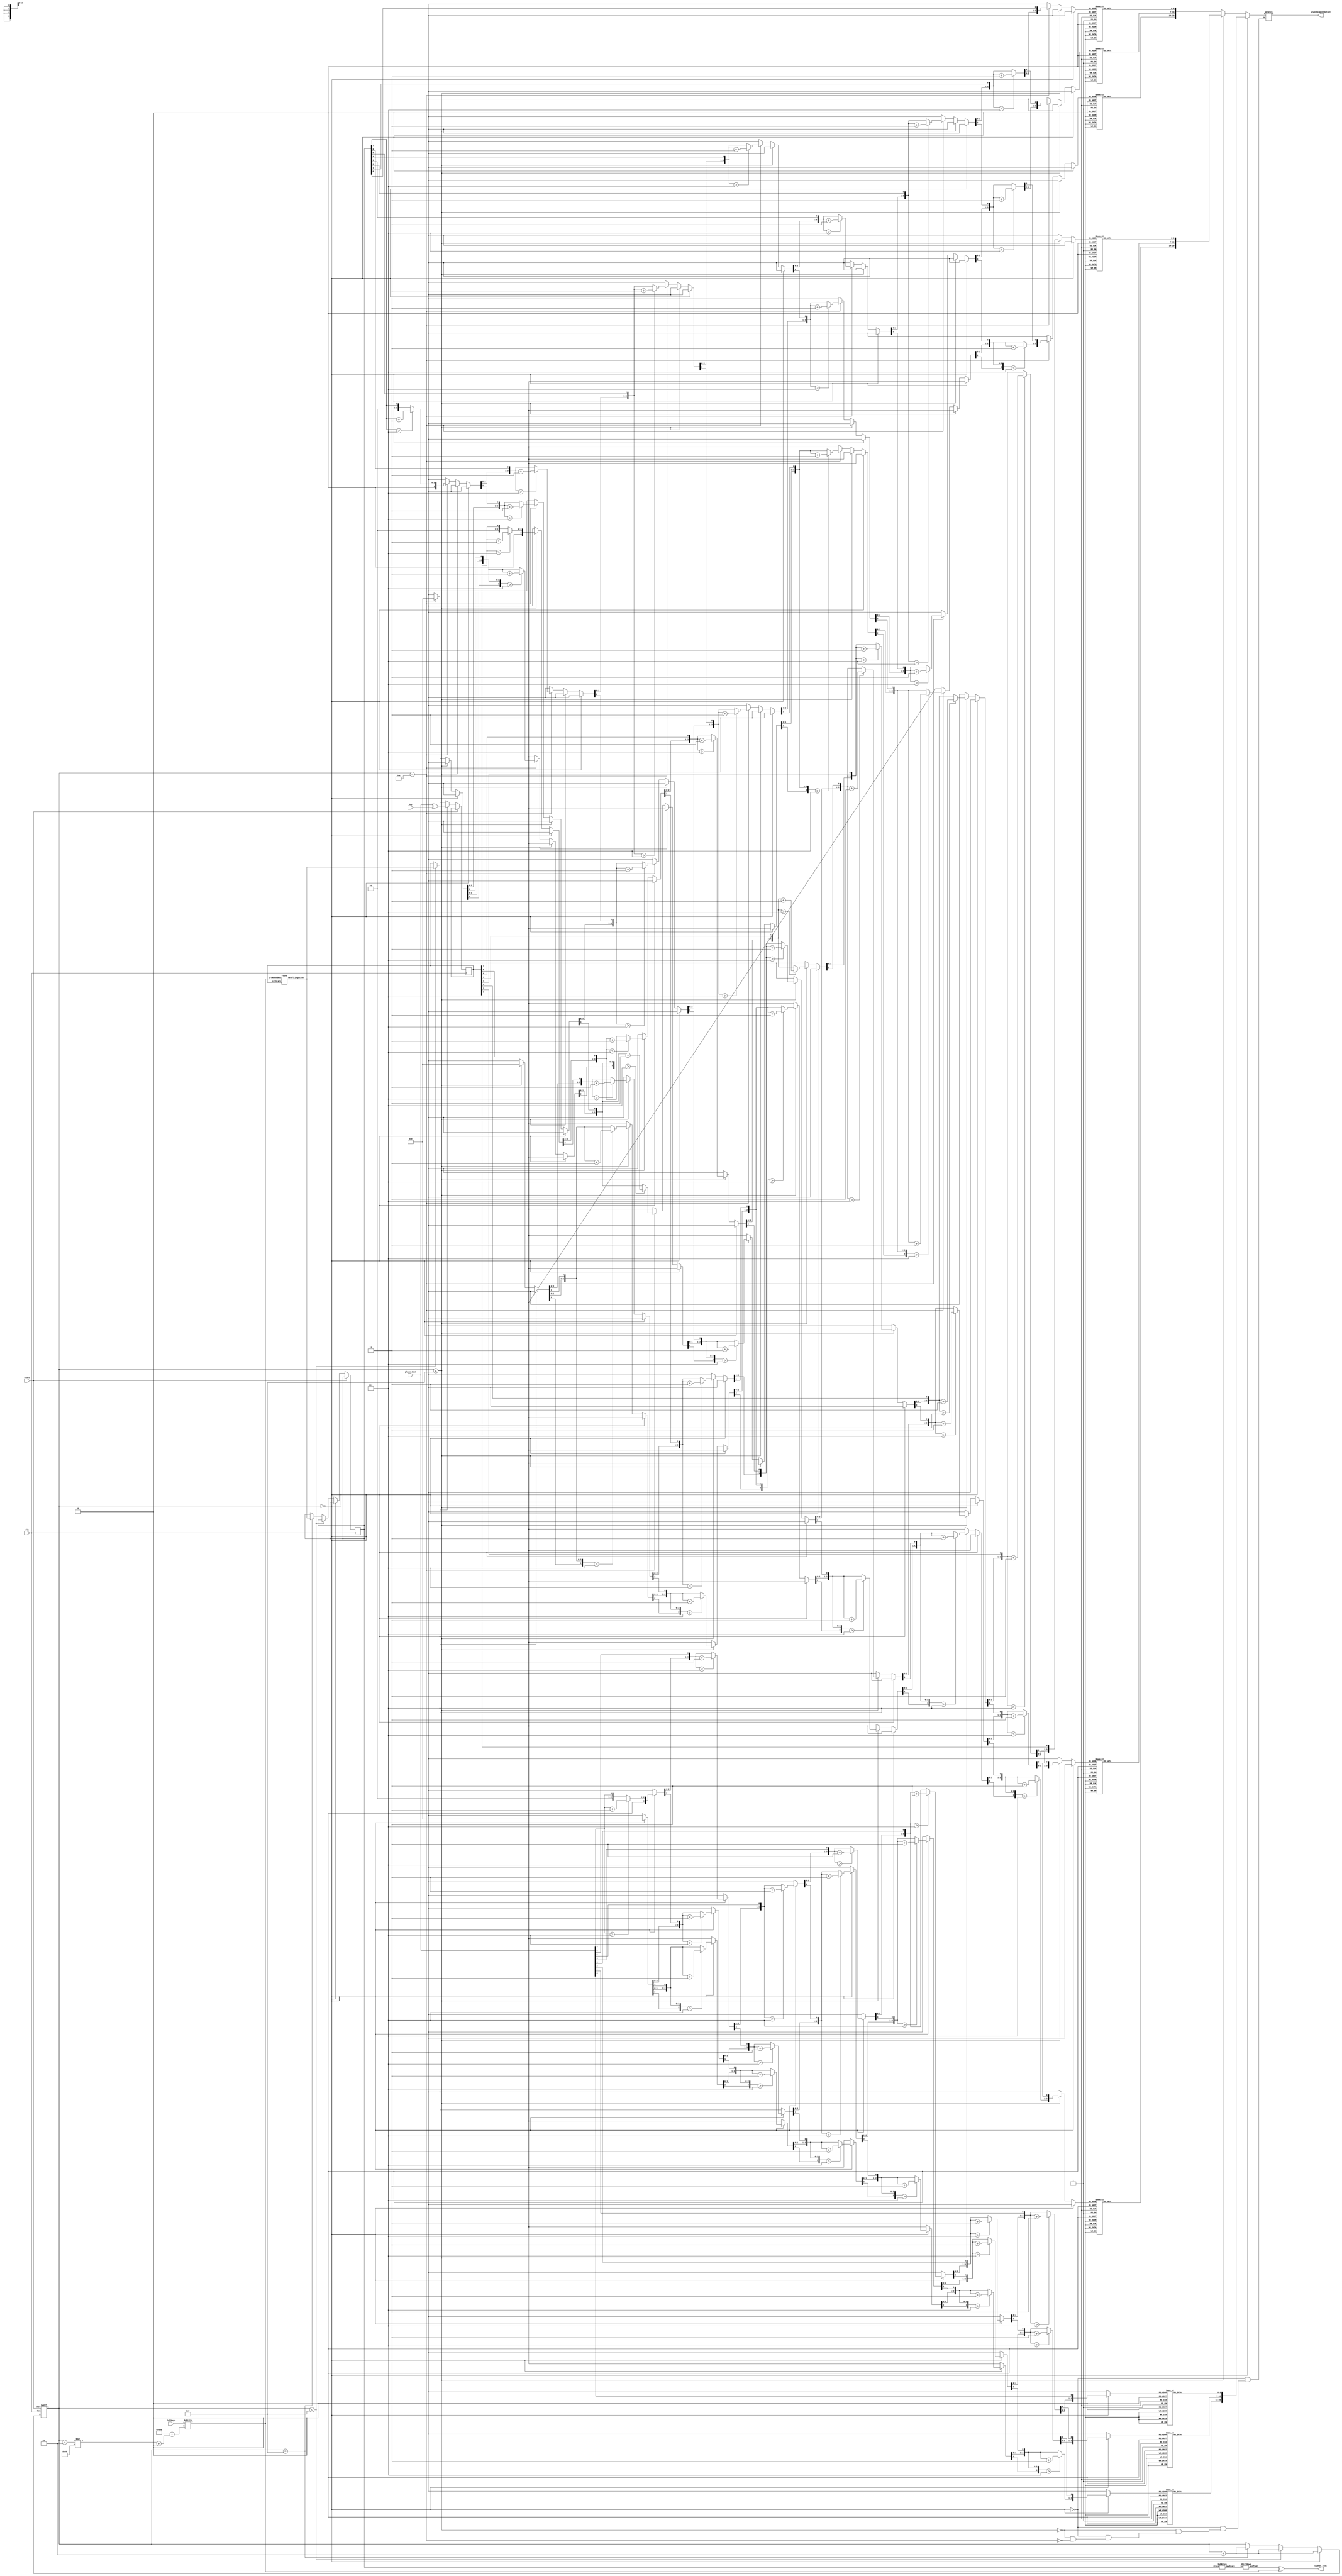
module aesEncrypt #(
    parameter Nr = 10,
    parameter Nk = 4
) (
    clk,
    reset,
    plain_text,
    key,
    fullkeys,
    cipher_text,
    sevenSegmentOutput
);
  input clk;
  input reset;
  output [20:0] sevenSegmentOutput;
  // state is of fixed size 128
  input wire [0:127] plain_text;

  //key is of variable length
  input wire [0:32*Nk-1] key;

  //output message is of constant size as of incoming state
  output [0:127] cipher_text;

  //this wire takes the expanded keys from the key schedule excluding the initial/main key
  input wire [0:128*Nr-1] fullkeys;

  //these two nets hold the temporary states between each two rounds
  wire [0:127] Instates;
  reg  [0:127] InstatesReg = 0;
  assign Instates = InstatesReg;

  wire [0:127] Outstates;

  wire [0:127] subBytesFinalStateWire;
  reg  [0:127] subBytesFinalStateReg;
  assign subBytesFinalStateWire = subBytesFinalStateReg;
  wire [0:127] afterSubBFinal;
  wire [0:127] afterShiftRowsFinal;
  integer roundNum = 0;


  //intermediate steps
  round rndx (
      Instates,
      fullkeys[(roundNum-1)*128+:128],
      Outstates
  );

  //final rounds' steps
  SubBytes s_final (
      subBytesFinalStateWire,
      afterSubBFinal
  );
  ShiftRows sr_final (
      afterSubBFinal,
      afterShiftRowsFinal
  );

  assign cipher_text = addRoundKey(afterShiftRowsFinal, fullkeys[(roundNum-1)*128+:128]);

  reg [20:0] sevenSegmentOutputReg = 21'b1;
  assign sevenSegmentOutput = sevenSegmentOutputReg;

  always @(roundNum) begin
    if (roundNum == 0) sevenSegmentOutputReg = hexDisplayFunc(plain_text[127-:8]);
    else if (roundNum <= Nr - 1) sevenSegmentOutputReg = hexDisplayFunc(Instates[127-:8]);
    else if (roundNum == Nr) sevenSegmentOutputReg = hexDisplayFunc(subBytesFinalStateReg[127-:8]);

  end


  always @(posedge clk or posedge reset) begin
    if (reset) roundNum = 0;
    else if (roundNum == 0) begin
      InstatesReg = plain_text ^ key[0:127];
      roundNum = roundNum + 1;

    end else if (roundNum < Nr - 1) begin
      InstatesReg = Outstates;
      roundNum = roundNum + 1;
    end else if (roundNum == Nr - 1) begin
      subBytesFinalStateReg = Outstates;
      roundNum = roundNum + 1;
    end

  end

  function [127:0] addRoundKey;
    input [127:0] crtState;
    input [127:0] crtRoundKey;
    begin
      addRoundKey = crtState ^ crtRoundKey;
    end
  endfunction

  //helper function for displaying the last byte on 3 ss
  function [20:0] hexDisplayFunc;
    input [7:0] in;
    reg [11:0] temp;

    begin
      temp = ShiftAdd3(in);
      hexDisplayFunc[0+:7] = segment7(temp[0+:4]);
      hexDisplayFunc[7+:7] = segment7(temp[4+:4]);
      hexDisplayFunc[14+:7] = segment7(temp[8+:4]);
    end

  endfunction
  function [6:0] segment7;

    input [3:0] ssOutput;

    begin
      case (ssOutput)
        4'b0000: segment7 = 7'b1000000;  // 1
        4'b0001: segment7 = 7'b1111001;  // 1
        4'b0010: segment7 = 7'b0100100;  // 2
        4'b0011: segment7 = 7'b0110000;  // 3
        4'b0100: segment7 = 7'b0011001;  // 4
        4'b0101: segment7 = 7'b0010010;  // 5
        4'b0110: segment7 = 7'b0000010;  // 6
        4'b0111: segment7 = 7'b1111000;  // 7
        4'b1000: segment7 = 7'b0000000;  // 8
        4'b1001: segment7 = 7'b0010000;  // 9

        default: segment7 = 7'b1111111;  // Blank display
      endcase
    end

  endfunction

  function [11:0] ShiftAdd3;
    input [7:0] in;

    integer i;
    begin
      ShiftAdd3 = 0;

      for (i = 0; i < 8; i = i + 1) begin
        ShiftAdd3 = {ShiftAdd3[10:0], in[7-i]};
        if (i < 7 && ShiftAdd3[3:0] > 4'b0100) begin
          ShiftAdd3[3:0] = ShiftAdd3[3:0] + 4'b0011;
        end
        if (i < 7 && ShiftAdd3[7:4] > 4'b0100) begin
          ShiftAdd3[7:4] = ShiftAdd3[7:4] + 4'b0011;
        end
        if (i < 7 && ShiftAdd3[11:8] > 4'b0100) begin
          ShiftAdd3[11:8] = ShiftAdd3[11:8] + 4'b0011;
        end
      end
    end
  endfunction

endmodule

module ShiftRows (
    in,
    shifted
);
  input [0:127] in;
  output [0:127] shifted;

  // First row (r = 0) is not shifted
  assign shifted[0+:8]   = in[0+:8];
  assign shifted[32+:8]  = in[32+:8];
  assign shifted[64+:8]  = in[64+:8];
  assign shifted[96+:8]  = in[96+:8];

  // Second row (r = 1) is cyclically left shifted by 1 offset
  assign shifted[8+:8]   = in[40+:8];
  assign shifted[40+:8]  = in[72+:8];
  assign shifted[72+:8]  = in[104+:8];
  assign shifted[104+:8] = in[8+:8];

  // Third row (r = 2) is cyclically left shifted by 2 offsets
  assign shifted[16+:8]  = in[80+:8];
  assign shifted[48+:8]  = in[112+:8];
  assign shifted[80+:8]  = in[16+:8];
  assign shifted[112+:8] = in[48+:8];

  // Fourth row (r = 3) is cyclically left shifted by 3 offsets
  assign shifted[24+:8]  = in[120+:8];
  assign shifted[56+:8]  = in[24+:8];
  assign shifted[88+:8]  = in[56+:8];
  assign shifted[120+:8] = in[88+:8];

endmodule




module round (
    input  [127:0] crtState,
    input  [127:0] crtRoundKey,
    output [127:0] resultingState
);
  wire [127:0] temp1;
  wire [127:0] temp2;
  wire [127:0] temp3;


  function [127:0] addRoundKey;
    input [127:0] crtState;
    input [127:0] crtRoundKey;
    begin
      addRoundKey = crtState ^ crtRoundKey;
    end
  endfunction

  SubBytes s (
      crtState,
      temp1
  );
  ShiftRows sr (
      temp1,
      temp2
  );
  MixColumns mx (
      temp2,
      temp3
  );
  assign resultingState = addRoundKey(temp3, crtRoundKey);
endmodule

module MixColumns (
    A,
    B
);

  input [127:0] A;
  output [127:0] B;

  // Split the 128-bit input into four 32-bit segments
  wire [31:0] input_wires[3:0];
  assign input_wires[0] = A[127:96];
  assign input_wires[1] = A[95:64];
  assign input_wires[2] = A[63:32];
  assign input_wires[3] = A[31:0];

  // Outputs for each MixColumns instance
  wire [31:0] output_wires[3:0];

  // Instantiate the MixColumns module four times
  MxColumns mix0 (
      input_wires[0][31:24],
      input_wires[0][23:16],
      input_wires[0][15:8],
      input_wires[0][7:0],
      output_wires[3][31:24],
      output_wires[3][23:16],
      output_wires[3][15:8],
      output_wires[3][7:0]
  );

  MxColumns mix1 (
      input_wires[1][31:24],
      input_wires[1][23:16],
      input_wires[1][15:8],
      input_wires[1][7:0],
      output_wires[2][31:24],
      output_wires[2][23:16],
      output_wires[2][15:8],
      output_wires[2][7:0]
  );

  MxColumns mix2 (
      input_wires[2][31:24],
      input_wires[2][23:16],
      input_wires[2][15:8],
      input_wires[2][7:0],
      output_wires[1][31:24],
      output_wires[1][23:16],
      output_wires[1][15:8],
      output_wires[1][7:0]
  );

  MxColumns mix3 (
      input_wires[3][31:24],
      input_wires[3][23:16],
      input_wires[3][15:8],
      input_wires[3][7:0],
      output_wires[0][31:24],
      output_wires[0][23:16],
      output_wires[0][15:8],
      output_wires[0][7:0]
  );

  // Combine the 32-bit segments into the 128-bit output
  assign B[127:96] = output_wires[3];
  assign B[95:64]  = output_wires[2];
  assign B[63:32]  = output_wires[1];
  assign B[31:0]   = output_wires[0];

endmodule



module MxColumns (
    A0,
    A1,
    A2,
    A3,
    B0,
    B1,
    B2,
    B3
);

  input [7:0] A0;
  input [7:0] A1;
  input [7:0] A2;
  input [7:0] A3;

  output [7:0] B0;
  output [7:0] B1;
  output [7:0] B2;
  output [7:0] B3;

  wire [7:0] a0;
  wire [7:0] a1;
  wire [7:0] a2;
  wire [7:0] a3;

  wire [7:0] b0;
  wire [7:0] b1;
  wire [7:0] b2;
  wire [7:0] b3;

  wire [3:0] temp;

  assign a0 = A0;
  assign temp[0] = a0 >> 7;
  assign b0 = (A0 << 1) ^ (temp[0] * 8'h1B);

  assign a1 = A1;
  assign temp[1] = a1 >> 7;
  assign b1 = (A1 << 1) ^ (temp[1] * 8'h1B);

  assign a2 = A2;
  assign temp[2] = a2 >> 7;
  assign b2 = (A2 << 1) ^ (temp[2] * 8'h1B);

  assign a3 = A3;
  assign temp[3] = a3 >> 7;
  assign b3 = (A3 << 1) ^ (temp[3] * 8'h1B);

  assign B0 = b0 ^ a3 ^ a2 ^ b1 ^ a1;
  assign B1 = b1 ^ a0 ^ a3 ^ b2 ^ a2;
  assign B2 = b2 ^ a1 ^ a0 ^ b3 ^ a3;
  assign B3 = b3 ^ a2 ^ a1 ^ b0 ^ a0;

endmodule

module SubBytes (
    input  [127:0] state,
    output [127:0] newState
);

  sbox b0 (
      state[7:0],
      newState[7:0]
  );
  sbox b1 (
      state[15:8],
      newState[15:8]
  );
  sbox b2 (
      state[23:16],
      newState[23:16]
  );
  sbox b3 (
      state[31:24],
      newState[31:24]
  );
  sbox b4 (
      state[39:32],
      newState[39:32]
  );
  sbox b5 (
      state[47:40],
      newState[47:40]
  );
  sbox b6 (
      state[55:48],
      newState[55:48]
  );
  sbox b7 (
      state[63:56],
      newState[63:56]
  );
  sbox b8 (
      state[71:64],
      newState[71:64]
  );
  sbox b9 (
      state[79:72],
      newState[79:72]
  );
  sbox b10 (
      state[87:80],
      newState[87:80]
  );
  sbox b11 (
      state[95:88],
      newState[95:88]
  );
  sbox b12 (
      state[103:96],
      newState[103:96]
  );
  sbox b13 (
      state[111:104],
      newState[111:104]
  );
  sbox b14 (
      state[119:112],
      newState[119:112]
  );
  sbox b15 (
      state[127:120],
      newState[127:120]
  );


endmodule


module sbox (
    input  wire [7:0] givenData,
    output wire [7:0] sboxRes
);

  assign sboxRes = (givenData == 8'h00) ? 8'h63 :
         (givenData == 8'h01) ? 8'h7c :
         (givenData == 8'h02) ? 8'h77 :
         (givenData == 8'h03) ? 8'h7b :
         (givenData == 8'h04) ? 8'hf2 :
         (givenData == 8'h05) ? 8'h6b :
         (givenData == 8'h06) ? 8'h6f :
         (givenData == 8'h07) ? 8'hc5 :
         (givenData == 8'h08) ? 8'h30 :
         (givenData == 8'h09) ? 8'h01 :
         (givenData == 8'h0a) ? 8'h67 :
         (givenData == 8'h0b) ? 8'h2b :
         (givenData == 8'h0c) ? 8'hfe :
         (givenData == 8'h0d) ? 8'hd7 :
         (givenData == 8'h0e) ? 8'hab :
         (givenData == 8'h0f) ? 8'h76 :
         (givenData == 8'h10) ? 8'hca :
         (givenData == 8'h11) ? 8'h82 :
         (givenData == 8'h12) ? 8'hc9 :
         (givenData == 8'h13) ? 8'h7d :
         (givenData == 8'h14) ? 8'hfa :
         (givenData == 8'h15) ? 8'h59 :
         (givenData == 8'h16) ? 8'h47 :
         (givenData == 8'h17) ? 8'hf0 :
         (givenData == 8'h18) ? 8'had :
         (givenData == 8'h19) ? 8'hd4 :
         (givenData == 8'h1a) ? 8'ha2 :
         (givenData == 8'h1b) ? 8'haf :
         (givenData == 8'h1c) ? 8'h9c :
         (givenData == 8'h1d) ? 8'ha4 :
         (givenData == 8'h1e) ? 8'h72 :
         (givenData == 8'h1f) ? 8'hc0 :
         (givenData == 8'h20) ? 8'hb7 :
         (givenData == 8'h21) ? 8'hfd :
         (givenData == 8'h22) ? 8'h93 :
         (givenData == 8'h23) ? 8'h26 :
         (givenData == 8'h24) ? 8'h36 :
         (givenData == 8'h25) ? 8'h3f :
         (givenData == 8'h26) ? 8'hf7 :
         (givenData == 8'h27) ? 8'hcc :
         (givenData == 8'h28) ? 8'h34 :
         (givenData == 8'h29) ? 8'ha5 :
         (givenData == 8'h2a) ? 8'he5 :
         (givenData == 8'h2b) ? 8'hf1 :
         (givenData == 8'h2c) ? 8'h71 :
         (givenData == 8'h2d) ? 8'hd8 :
         (givenData == 8'h2e) ? 8'h31 :
         (givenData == 8'h2f) ? 8'h15 :
         (givenData == 8'h30) ? 8'h04 :
         (givenData == 8'h31) ? 8'hc7 :
         (givenData == 8'h32) ? 8'h23 :
         (givenData == 8'h33) ? 8'hc3 :
         (givenData == 8'h34) ? 8'h18 :
         (givenData == 8'h35) ? 8'h96 :
         (givenData == 8'h36) ? 8'h05 :
         (givenData == 8'h37) ? 8'h9a :
         (givenData == 8'h38) ? 8'h07 :
         (givenData == 8'h39) ? 8'h12 :
         (givenData == 8'h3a) ? 8'h80 :
         (givenData == 8'h3b) ? 8'he2 :
         (givenData == 8'h3c) ? 8'heb :
         (givenData == 8'h3d) ? 8'h27 :
         (givenData == 8'h3e) ? 8'hb2 :
         (givenData == 8'h3f) ? 8'h75 :
         (givenData == 8'h40) ? 8'h09 :
         (givenData == 8'h41) ? 8'h83 :
         (givenData == 8'h42) ? 8'h2c :
         (givenData == 8'h43) ? 8'h1a :
         (givenData == 8'h44) ? 8'h1b :
         (givenData == 8'h45) ? 8'h6e :
         (givenData == 8'h46) ? 8'h5a :
         (givenData == 8'h47) ? 8'ha0 :
         (givenData == 8'h48) ? 8'h52 :
         (givenData == 8'h49) ? 8'h3b :
         (givenData == 8'h4a) ? 8'hd6 :
         (givenData == 8'h4b) ? 8'hb3 :
         (givenData == 8'h4c) ? 8'h29 :
         (givenData == 8'h4d) ? 8'he3 :
         (givenData == 8'h4e) ? 8'h2f :
         (givenData == 8'h4f) ? 8'h84 :
         (givenData == 8'h50) ? 8'h53 :
         (givenData == 8'h51) ? 8'hd1 :
         (givenData == 8'h52) ? 8'h00 :
         (givenData == 8'h53) ? 8'hed :
         (givenData == 8'h54) ? 8'h20 :
         (givenData == 8'h55) ? 8'hfc :
         (givenData == 8'h56) ? 8'hb1 :
         (givenData == 8'h57) ? 8'h5b :
         (givenData == 8'h58) ? 8'h6a :
         (givenData == 8'h59) ? 8'hcb :
         (givenData == 8'h5a) ? 8'hbe :
         (givenData == 8'h5b) ? 8'h39 :
         (givenData == 8'h5c) ? 8'h4a :
         (givenData == 8'h5d) ? 8'h4c :
         (givenData == 8'h5e) ? 8'h58 :
         (givenData == 8'h5f) ? 8'hcf :
         (givenData == 8'h60) ? 8'hd0 :
         (givenData == 8'h61) ? 8'hef :
         (givenData == 8'h62) ? 8'haa :
         (givenData == 8'h63) ? 8'hfb :
         (givenData == 8'h64) ? 8'h43 :
         (givenData == 8'h65) ? 8'h4d :
         (givenData == 8'h66) ? 8'h33 :
         (givenData == 8'h67) ? 8'h85 :
         (givenData == 8'h68) ? 8'h45 :
         (givenData == 8'h69) ? 8'hf9 :
         (givenData == 8'h6a) ? 8'h02 :
         (givenData == 8'h6b) ? 8'h7f :
         (givenData == 8'h6c) ? 8'h50 :
         (givenData == 8'h6d) ? 8'h3c :
         (givenData == 8'h6e) ? 8'h9f :
         (givenData == 8'h6f) ? 8'ha8 :
         (givenData == 8'h70) ? 8'h51 :
         (givenData == 8'h71) ? 8'ha3 :
         (givenData == 8'h72) ? 8'h40 :
         (givenData == 8'h73) ? 8'h8f :
         (givenData == 8'h74) ? 8'h92 :
         (givenData == 8'h75) ? 8'h9d :
         (givenData == 8'h76) ? 8'h38 :
         (givenData == 8'h77) ? 8'hf5 :
         (givenData == 8'h78) ? 8'hbc :
         (givenData == 8'h79) ? 8'hb6 :
         (givenData == 8'h7a) ? 8'hda :
         (givenData == 8'h7b) ? 8'h21 :
         (givenData == 8'h7c) ? 8'h10 :
         (givenData == 8'h7d) ? 8'hff :
         (givenData == 8'h7e) ? 8'hf3 :
         (givenData == 8'h7f) ? 8'hd2 :
         (givenData == 8'h80) ? 8'hcd :
         (givenData == 8'h81) ? 8'h0c :
         (givenData == 8'h82) ? 8'h13 :
         (givenData == 8'h83) ? 8'hec :
         (givenData == 8'h84) ? 8'h5f :
         (givenData == 8'h85) ? 8'h97 :
         (givenData == 8'h86) ? 8'h44 :
         (givenData == 8'h87) ? 8'h17 :
         (givenData == 8'h88) ? 8'hc4 :
         (givenData == 8'h89) ? 8'ha7 :
         (givenData == 8'h8a) ? 8'h7e :
         (givenData == 8'h8b) ? 8'h3d :
         (givenData == 8'h8c) ? 8'h64 :
         (givenData == 8'h8d) ? 8'h5d :
         (givenData == 8'h8e) ? 8'h19 :
         (givenData == 8'h8f) ? 8'h73 :
         (givenData == 8'h90) ? 8'h60 :
         (givenData == 8'h91) ? 8'h81 :
         (givenData == 8'h92) ? 8'h4f :
         (givenData == 8'h93) ? 8'hdc :
         (givenData == 8'h94) ? 8'h22 :
         (givenData == 8'h95) ? 8'h2a :
         (givenData == 8'h96) ? 8'h90 :
         (givenData == 8'h97) ? 8'h88 :
         (givenData == 8'h98) ? 8'h46 :
         (givenData == 8'h99) ? 8'hee :
         (givenData == 8'h9a) ? 8'hb8 :
         (givenData == 8'h9b) ? 8'h14 :
         (givenData == 8'h9c) ? 8'hde :
         (givenData == 8'h9d) ? 8'h5e :
         (givenData == 8'h9e) ? 8'h0b :
         (givenData == 8'h9f) ? 8'hdb :
         (givenData == 8'ha0) ? 8'he0 :
         (givenData == 8'ha1) ? 8'h32 :
         (givenData == 8'ha2) ? 8'h3a :
         (givenData == 8'ha3) ? 8'h0a :
         (givenData == 8'ha4) ? 8'h49 :
         (givenData == 8'ha5) ? 8'h06 :
         (givenData == 8'ha6) ? 8'h24 :
         (givenData == 8'ha7) ? 8'h5c :
         (givenData == 8'ha8) ? 8'hc2 :
         (givenData == 8'ha9) ? 8'hd3 :
         (givenData == 8'haa) ? 8'hac :
         (givenData == 8'hab) ? 8'h62 :
         (givenData == 8'hac) ? 8'h91 :
         (givenData == 8'had) ? 8'h95 :
         (givenData == 8'hae) ? 8'he4 :
         (givenData == 8'haf) ? 8'h79 :
         (givenData == 8'hb0) ? 8'he7 :
         (givenData == 8'hb1) ? 8'hc8 :
         (givenData == 8'hb2) ? 8'h37 :
         (givenData == 8'hb3) ? 8'h6d :
         (givenData == 8'hb4) ? 8'h8d :
         (givenData == 8'hb5) ? 8'hd5 :
         (givenData == 8'hb6) ? 8'h4e :
         (givenData == 8'hb7) ? 8'ha9 :
         (givenData == 8'hb8) ? 8'h6c :
         (givenData == 8'hb9) ? 8'h56 :
         (givenData == 8'hba) ? 8'hf4 :
         (givenData == 8'hbb) ? 8'hea :
         (givenData == 8'hbc) ? 8'h65 :
         (givenData == 8'hbd) ? 8'h7a :
         (givenData == 8'hbe) ? 8'hae :
         (givenData == 8'hbf) ? 8'h08 :
         (givenData == 8'hc0) ? 8'hba :
         (givenData == 8'hc1) ? 8'h78 :
         (givenData == 8'hc2) ? 8'h25 :
         (givenData == 8'hc3) ? 8'h2e :
         (givenData == 8'hc4) ? 8'h1c :
         (givenData == 8'hc5) ? 8'ha6 :
         (givenData == 8'hc6) ? 8'hb4 :
         (givenData == 8'hc7) ? 8'hc6 :
         (givenData == 8'hc8) ? 8'he8 :
         (givenData == 8'hc9) ? 8'hdd :
         (givenData == 8'hca) ? 8'h74 :
         (givenData == 8'hcb) ? 8'h1f :
         (givenData == 8'hcc) ? 8'h4b :
         (givenData == 8'hcd) ? 8'hbd :
         (givenData == 8'hce) ? 8'h8b :
         (givenData == 8'hcf) ? 8'h8a :
         (givenData == 8'hd0) ? 8'h70 :
         (givenData == 8'hd1) ? 8'h3e :
         (givenData == 8'hd2) ? 8'hb5 :
         (givenData == 8'hd3) ? 8'h66 :
         (givenData == 8'hd4) ? 8'h48 :
         (givenData == 8'hd5) ? 8'h03 :
         (givenData == 8'hd6) ? 8'hf6 :
         (givenData == 8'hd7) ? 8'h0e :
         (givenData == 8'hd8) ? 8'h61 :
         (givenData == 8'hd9) ? 8'h35 :
         (givenData == 8'hda) ? 8'h57 :
         (givenData == 8'hdb) ? 8'hb9 :
         (givenData == 8'hdc) ? 8'h86 :
         (givenData == 8'hdd) ? 8'hc1 :
         (givenData == 8'hde) ? 8'h1d :
         (givenData == 8'hdf) ? 8'h9e :
         (givenData == 8'he0) ? 8'he1 :
         (givenData == 8'he1) ? 8'hf8 :
         (givenData == 8'he2) ? 8'h98 :
         (givenData == 8'he3) ? 8'h11 :
         (givenData == 8'he4) ? 8'h69 :
         (givenData == 8'he5) ? 8'hd9 :
         (givenData == 8'he6) ? 8'h8e :
         (givenData == 8'he7) ? 8'h94 :
         (givenData == 8'he8) ? 8'h9b :
         (givenData == 8'he9) ? 8'h1e :
         (givenData == 8'hea) ? 8'h87 :
         (givenData == 8'heb) ? 8'he9 :
         (givenData == 8'hec) ? 8'hce :
         (givenData == 8'hed) ? 8'h55 :
         (givenData == 8'hee) ? 8'h28 :
         (givenData == 8'hef) ? 8'hdf :
         (givenData == 8'hf0) ? 8'h8c :
         (givenData == 8'hf1) ? 8'ha1 :
         (givenData == 8'hf2) ? 8'h89 :
         (givenData == 8'hf3) ? 8'h0d :
         (givenData == 8'hf4) ? 8'hbf :
         (givenData == 8'hf5) ? 8'he6 :
         (givenData == 8'hf6) ? 8'h42 :
         (givenData == 8'hf7) ? 8'h68 :
         (givenData == 8'hf8) ? 8'h41 :
         (givenData == 8'hf9) ? 8'h99 :
         (givenData == 8'hfa) ? 8'h2d :
         (givenData == 8'hfb) ? 8'h0f :
         (givenData == 8'hfc) ? 8'hb0 :
         (givenData == 8'hfd) ? 8'h54 :
         (givenData == 8'hfe) ? 8'hbb : 8'h16;

endmodule

module add3 (
    in,
    out
);
  input [3:0] in;
  output [3:0] out;
  reg [3:0] out;

  always @(in)
    case (in)
      4'b0000: out <= 4'b0000;
      4'b0001: out <= 4'b0001;
      4'b0010: out <= 4'b0010;
      4'b0011: out <= 4'b0011;
      4'b0100: out <= 4'b0100;
      4'b0101: out <= 4'b1000;
      4'b0110: out <= 4'b1001;
      4'b0111: out <= 4'b1010;
      4'b1000: out <= 4'b1011;
      4'b1001: out <= 4'b1100;
      default: out <= 4'b0000;
    endcase
endmodule

module binary_to_BCD (
    A,
    ONES,
    TENS,
    HUNDREDS
);
  input [7:0] A;
  output [3:0] ONES, TENS;
  output [1:0] HUNDREDS;
  wire [3:0] c1, c2, c3, c4, c5, c6, c7;
  wire [3:0] d1, d2, d3, d4, d5, d6, d7;

  assign d1 = {1'b0, A[7:5]};
  assign d2 = {c1[2:0], A[4]};
  assign d3 = {c2[2:0], A[3]};
  assign d4 = {c3[2:0], A[2]};
  assign d5 = {c4[2:0], A[1]};
  assign d6 = {1'b0, c1[3], c2[3], c3[3]};
  assign d7 = {c6[2:0], c4[3]};
  add3 m1 (
      d1,
      c1
  );
  add3 m2 (
      d2,
      c2
  );
  add3 m3 (
      d3,
      c3
  );
  add3 m4 (
      d4,
      c4
  );
  add3 m5 (
      d5,
      c5
  );
  add3 m6 (
      d6,
      c6
  );
  add3 m7 (
      d7,
      c7
  );
  assign ONES = {c5[2:0], A[0]};
  assign TENS = {c7[2:0], c5[3]};
  assign HUNDREDS = {c6[3], c7[3]};

endmodule